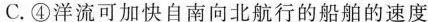
C.④洋流可加快自南向北航行的船舶的速度